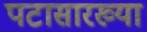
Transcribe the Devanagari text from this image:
पटासारख्या